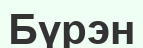
Бүрэн